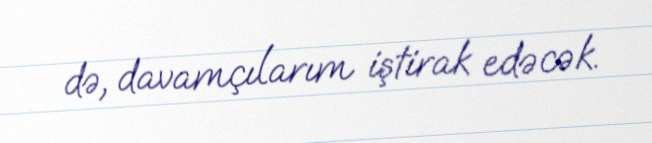
də, davamçılarım iştirak edəcək.